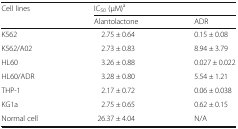
<table><thead><tr><td rowspan="2"><b>Cell lines</b></td><td colspan="2"><b>IC<sub>50</sub> (μM)<sup>a</sup></b></td></tr><tr><td><b>Alantolactone</b></td><td><b>ADR</b></td></tr></thead><tbody><tr><td>K562</td><td>2.75 ± 0.64</td><td>0.15 ± 0.08</td></tr><tr><td>K562/A02</td><td>2.73 ± 0.83</td><td>8.94 ± 3.79</td></tr><tr><td>HL60</td><td>3.26 ± 0.88</td><td>0.027 ± 0.022</td></tr><tr><td>HL60/ADR</td><td>3.28 ± 0.80</td><td>5.54 ± 1.21</td></tr><tr><td>THP-1</td><td>2.17 ± 0.72</td><td>0.06 ± 0.038</td></tr><tr><td>KG1a</td><td>2.75 ± 0.65</td><td>0.62 ± 0.15</td></tr><tr><td>Normal cell</td><td>26.37 ± 4.04</td><td>N/A</td></tr></tbody></table>